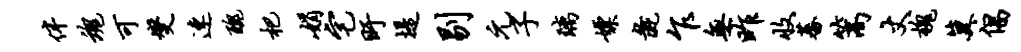
伴魂可燮速丑杷娟宅盱堤剔元子璃嫖彘乍无昨收蕃篙丈槐冀倡